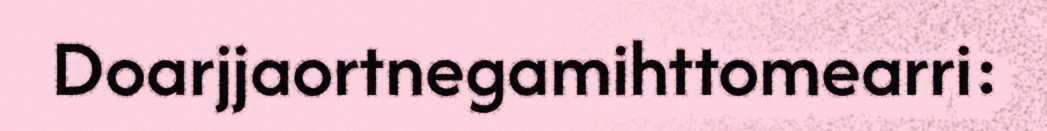
Doarjjaortnegamihttomearri: